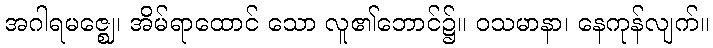
အဂါရမဇ္ဈေ၊ အိမ်ရာထောင် သော လူ၏ဘောင်၌။ ဝသမာနာ၊ နေကုန်လျက်။